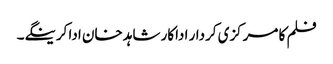
فلم کا مرکزی کردار اداکار شاہد خان ادا کرینگے۔